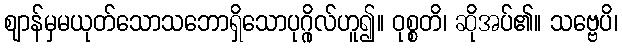
ဈာန်မှမယုတ်သောသဘောရှိသောပုဂ္ဂိုလ်ဟူ၍။ ဝုစ္စတိ၊ ဆိုအပ်၏။ သဗ္ဗေပိ၊